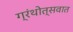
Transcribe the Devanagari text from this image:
ग्रंथोत्सवात